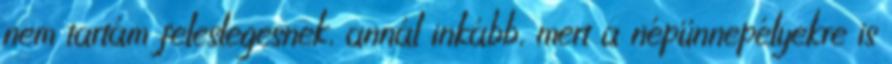
nem tartám feleslegesnek, annál inkább, mert a népünnepélyekre is